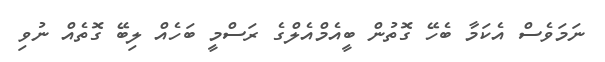
ނަމަވެސް އެކަމާ ބެހޭ ގޮތުން ބީއެމްއެލްގެ ރަސްމީ ބަހެއް ލިބޭ ގޮތެއް ނުވި